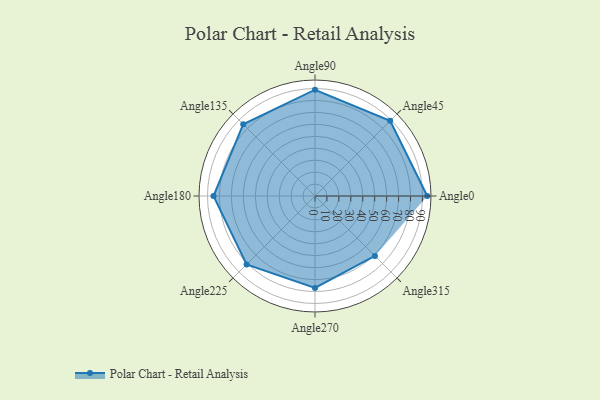
{"axis": {"x": "Angle", "y": "Radius"}, "legend": [""], "data": [{"x": "Angle0", "y": 94.0, "type": ""}, {"x": "Angle45", "y": 89.0, "type": ""}, {"x": "Angle90", "y": 89.0, "type": ""}, {"x": "Angle135", "y": 85.0, "type": ""}, {"x": "Angle180", "y": 85.0, "type": ""}, {"x": "Angle225", "y": 81.0, "type": ""}, {"x": "Angle270", "y": 77.0, "type": ""}, {"x": "Angle315", "y": 71.0, "type": ""}]}